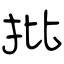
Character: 批